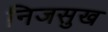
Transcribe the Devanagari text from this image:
निजसुख